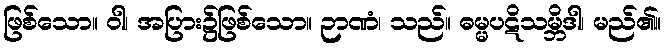
ဖြစ်သော။ ဝါ၊ အပြား၌ဖြစ်သော။ ဉာဏံ၊ သည်။ ဓမ္မပဋိသမ္ဘိဒါ၊ မည်၏။